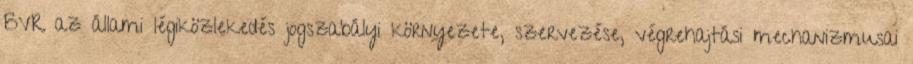
BVR az állami légiközlekedés jogszabályi környezete, szervezése, végrehajtási mechanizmusai